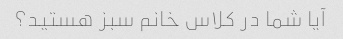
آیا شما در کلاس خانم سبز هستید؟